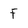
Character: F